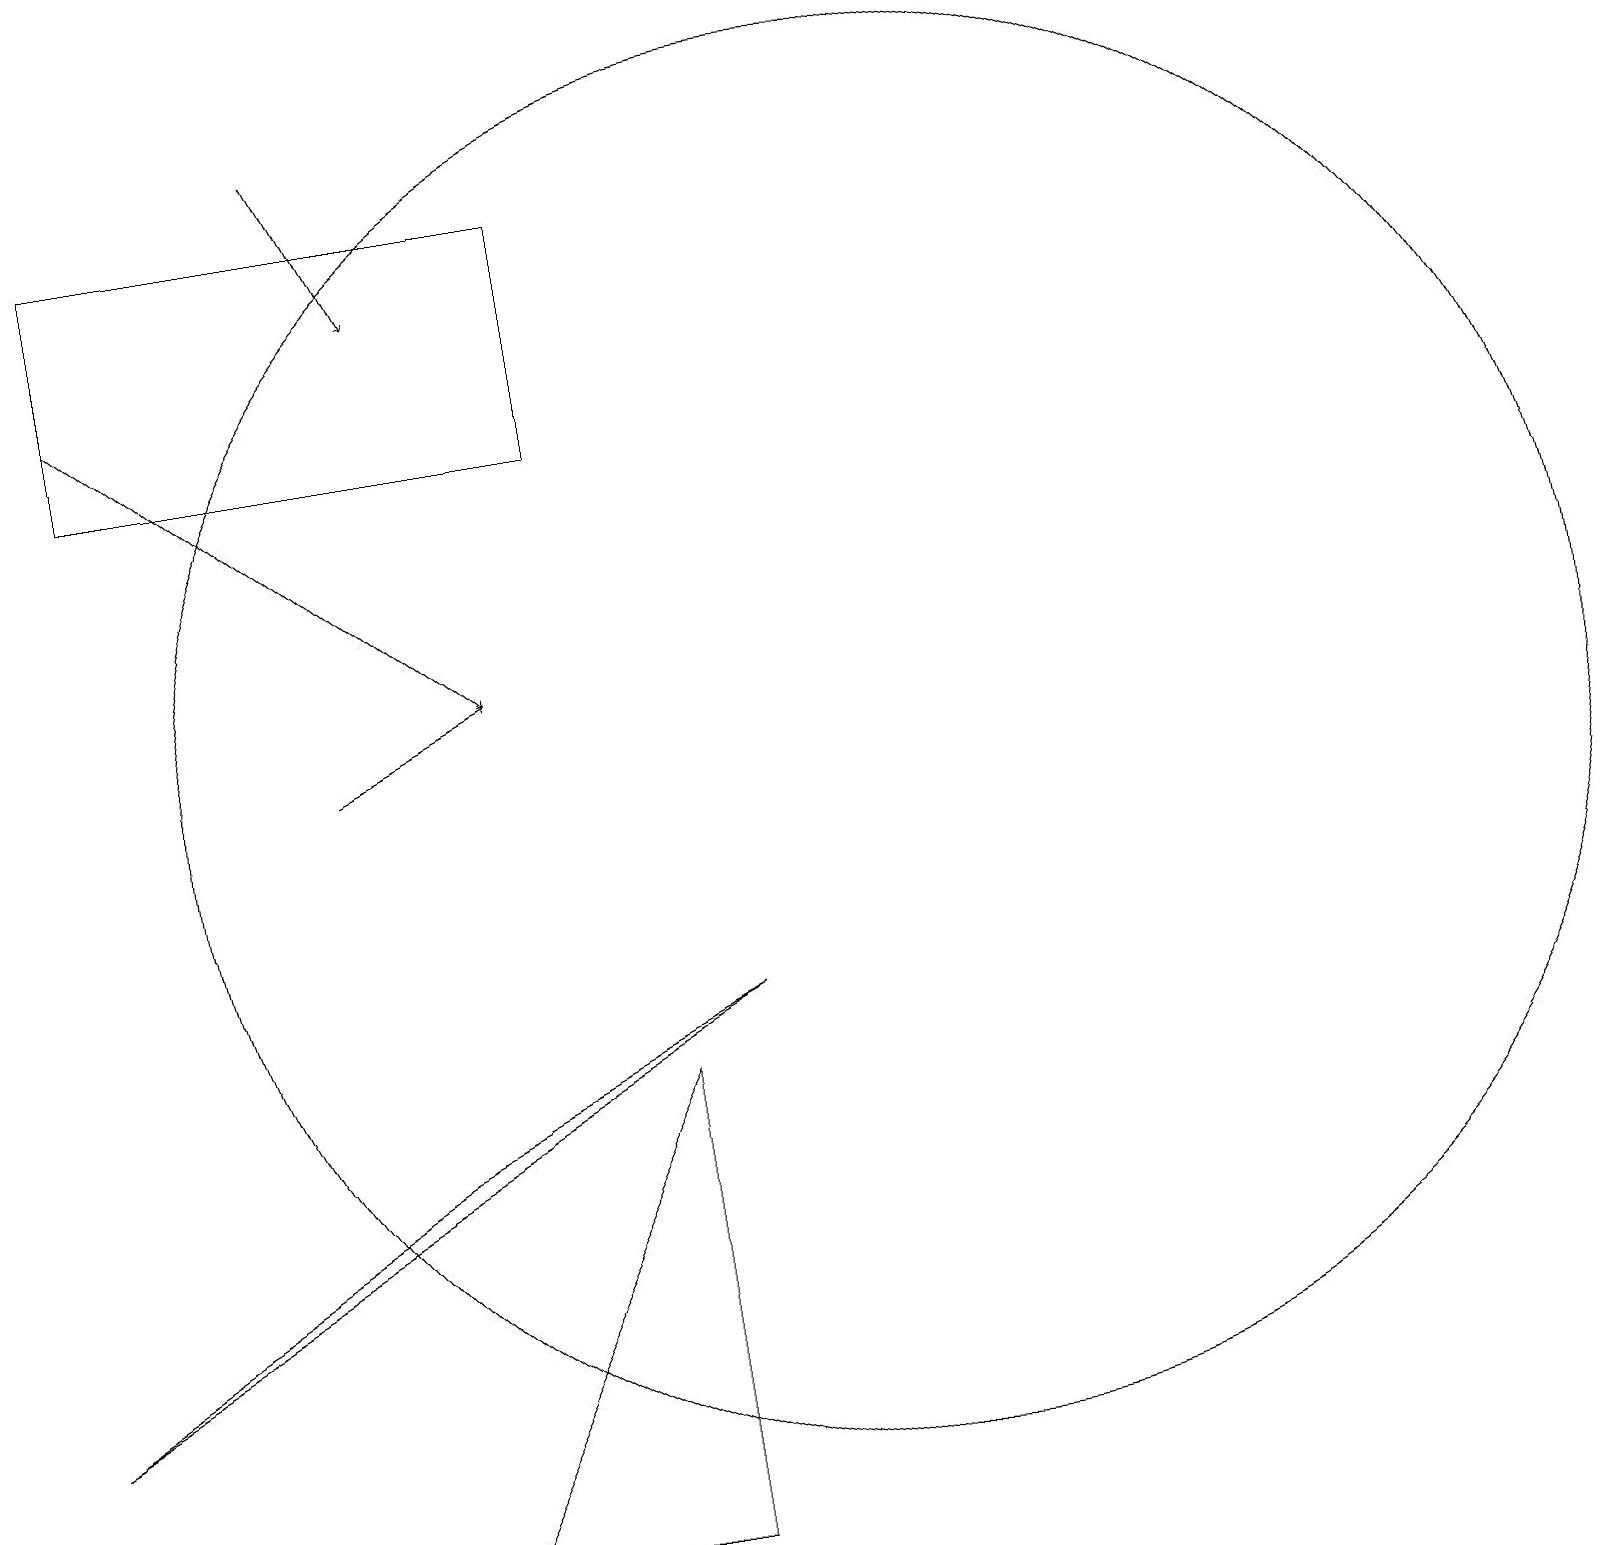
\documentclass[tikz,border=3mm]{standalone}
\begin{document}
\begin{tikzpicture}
\draw (7,15) rectangle (1,18);
\draw[->] (4,11) -- (6,12);
\draw[->] (1,16) -- (6,12);
\draw (8,7) -- (8,1) -- (5,1) -- cycle;
\draw[->] (4,19) -- (5,17);
\draw (5,6) -- (9,8) -- (0,3) -- cycle;
\draw (11,11) circle (9);
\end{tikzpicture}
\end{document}